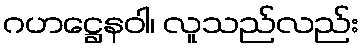
ဂဟဋ္ဌေနဝါ၊ လူသည်လည်း